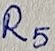
Text: R5